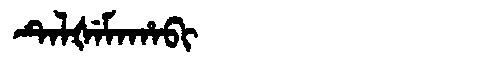
Manchu: ᡨᡝᠯᡧᡝᠮᠠᡥᠠᠪᡳ
Romanization: TELŠEMAHABI